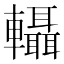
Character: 𨏴